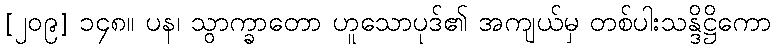
[၂၀၉] ၁၄၈။ ပန၊ သွာက္ခာတော ဟူသောပုဒ်၏ အကျယ်မှ တစ်ပါးသန္ဒိဋ္ဌိကော